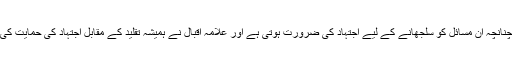
چنانچہ ان مسائل کو سلجھانے کے لیے اجتہاد کی ضرورت ہوتی ہے اور علامہ اقبال نے ہمیشہ تقلید کے مقابل اجتہاد کی حمایت کی۔